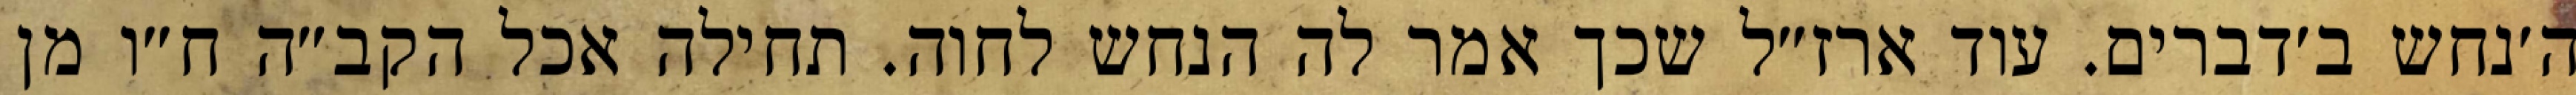
ה׳נחש ב׳דברים. עוד ארז״ל שכך אמר לה הנחש לחוה. תחילה אכל הקב״ה ח״ו מן